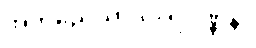
အဘိညေယာဒိဝါရဝဏ္ဏနာ